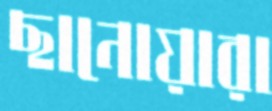
ছানোয়ারা